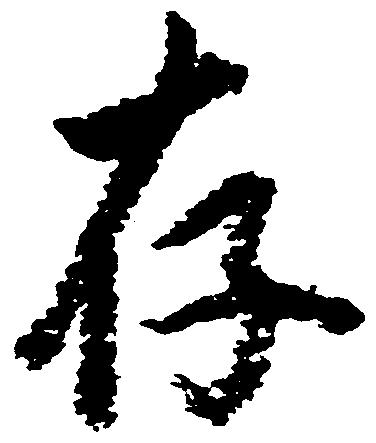
存